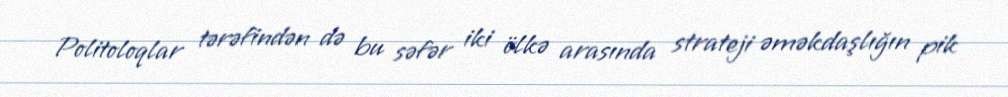
Politoloqlar tərəfindən də bu səfər iki ölkə arasında strateji əməkdaşlığın pik